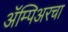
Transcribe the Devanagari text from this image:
ॲम्पिअरचा